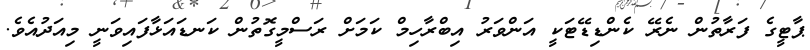
ޕާޓީގެ ފަރާތުން ނެރޭ ކެންޑިޑޭޓަކީ އަންވަރު އިބްރާހިމް ކަމަށް ރަސްމީގޮތުން ކަނޑައަޅާފައިވަނީ މިއަދުއެވެ.